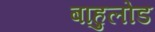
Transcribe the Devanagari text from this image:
बाहुलोड